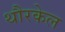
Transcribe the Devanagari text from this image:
थौरकेल